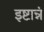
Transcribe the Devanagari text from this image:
इष्टान्नं